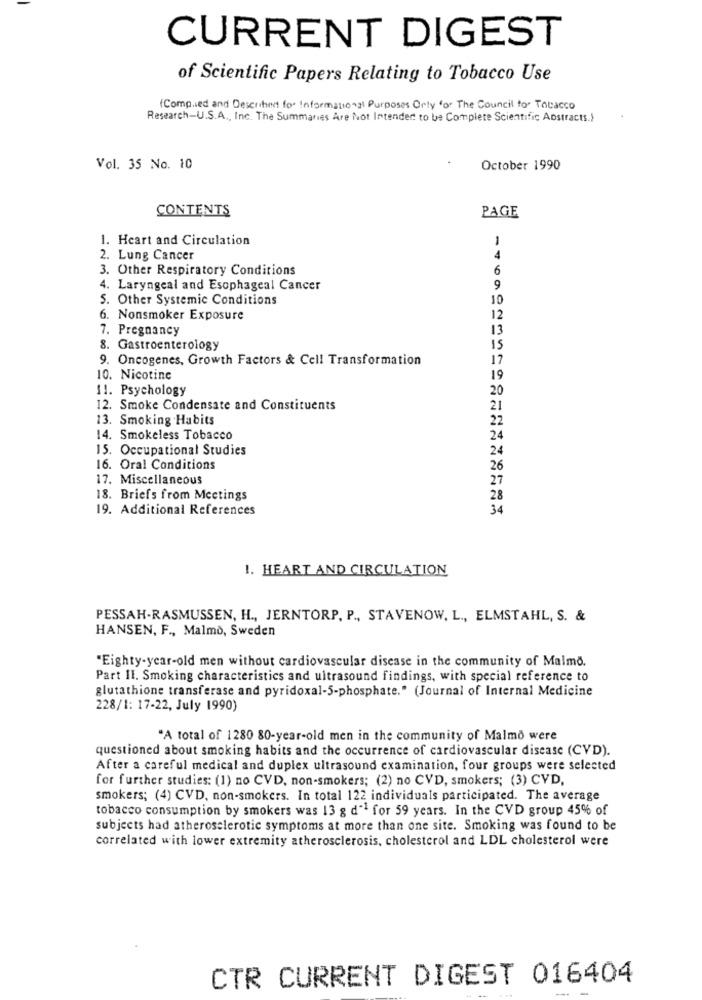
CURRENT DIGEST
of Scientific Papers Relating to Tobacco Use
(Complied and Described for Informational Purposes Only for The Council for Tobacco
Research-U.S.A ., Inc. The Summaries Are Not Intended to be Complete Scientific Abstracts.)
Vol. 35 No. 10
October 1990
CONTENTS
PAGE
1. Heart and Circulation
1
2. Lung Cancer
4
3. Other Respiratory Conditions
6
4. Laryngeal and Esophageal Cancer
9
5. Other Systemic Conditions
10
6. Nonsmoker Exposure
12
7. Pregnancy
13
8. Gastroenterology
15
9. Oncogenes, Growth Factors & Cell Transformation
17
10. Nicotine
19
11. Psychology
20
12. Smoke Condensate and Constituents
21
13. Smoking Habits
22
14. Smokeless Tobacco
24
15. Occupational Studies
24
16. Oral Conditions
26
17. Miscellaneous
27
18. Briefs from Meetings
28
19. Additional References
34
1. HEART AND CIRCULATION
PESSAH-RASMUSSEN, H ., JERNTORP, P ., STAVENOW, L ., ELMSTAHL, S. &
HANSEN, F ., Malmo, Sweden
"Eighty-year-old men without cardiovascular disease in the community of Malmo.
Part II. Smoking characteristics and ultrasound findings, with special reference to
glutathione transferase and pyridoxal-5-phosphate." (Journal of Internal Medicine
228/1: 17-22, July 1990)
"A total of 1280 80-year-old men in the community of Malmo were
questioned about smoking habits and the occurrence of cardiovascular disease (CVD).
After a careful medical and duplex ultrasound examination, four groups were selected
for further studies: (1) no CVD, non-smokers; (2) no CVD, smokers; (3) CVD,
smokers; (4) CVD, non-smokers. In total 122 individuals participated. The average
tobacco consumption by smokers was 13 g d" for 59 years. In the CVD group 45% of
subjects had atherosclerotic symptoms at more than one site. Smoking was found to be
correlated with lower extremity atherosclerosis, cholesterol and LDL cholesterol were
CTR CURRENT DIGEST 016404